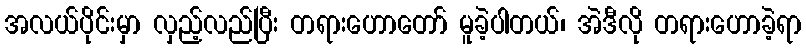
အလယ်ပိုင်းမှာ လှည့်လည်ပြီး တရားဟောတော် မူခဲ့ပါတယ်၊ အဲဒီလို တရားဟောခဲ့ရာ